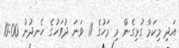
އަދި މިކަމާ ގުޅިގެން މި މަހުގެ 11 ވަނަ ދުވަހުގެ ހެނދުނު 10:00